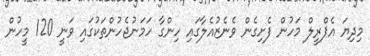
މިދިޔަ އެޕްރީލް މަހުން ފެށިގެން ވެނެޒުއެލާގައި ހިންގާ ހަމަނުޖެހުންތަކުގައި ވަނީ 120 މީހުން